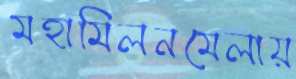
মহামিলনমেলায়